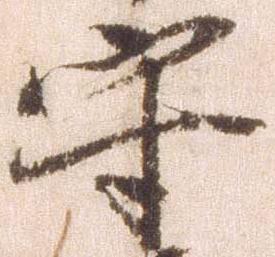
守